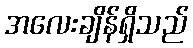
အလေးချိန်ရှိသည်